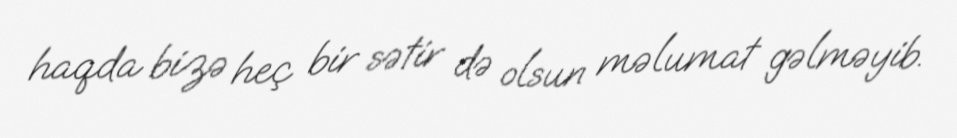
haqda bizə heç bir sətir də olsun məlumat gəlməyib.